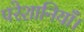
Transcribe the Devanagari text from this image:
परेशानियाँ।